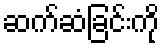
ဆက်ဆံခြင်းကို